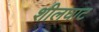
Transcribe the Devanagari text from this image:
शीलघाट